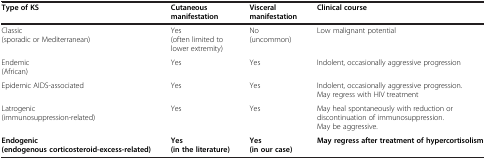
| Type of KS | Cutaneous manifestation | Visceral manifestation | Clinical course |
 | --- | --- | --- | --- |
 | Classic (sporadic or Mediterranean) | Yes (often limited to lower extremity) | No (uncommon) | Low malignant potential |
 | Endemic (African) | Yes | Yes | Indolent, occasionally aggressive progression |
 | Epidemic AIDS-associated | Yes | Yes | Indolent, occasionally aggressive progression. May regress with HIV treatment |
 | Latrogenic (immunosuppression-related) | Yes | Yes | May heal spontaneously with reduction or discontinuation of immunosuppression. May be aggressive. |
 | Endogenic (endogenous corticosteroid-excess-related) | Yes (in the literature) | Yes (in our case) | <ROWSPAN=2> May regress after treatment of hypercortisolism |